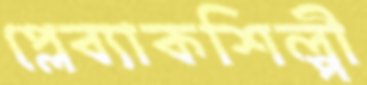
প্লেব্যাকশিল্পী